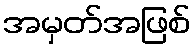
အမှတ်အဖြစ်